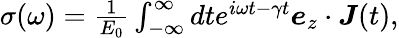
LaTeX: \begin{array}{r}{\sigma(\omega)=\frac{1}{E_{0}}\int_{-\infty}^{\infty}dte^{i\omega t-\gamma t}\boldsymbol e_{z}\cdot\boldsymbol J(t),}\end{array}